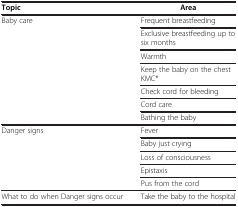
<table><thead><tr><td><b>Topic</b></td><td><b>Area</b></td></tr></thead><tbody><tr><td rowspan="7">Baby care</td><td>Frequent breastfeeding</td></tr><tr><td>Exclusive breastfeeding up to six months</td></tr><tr><td>Warmth</td></tr><tr><td>Keep the baby on the chest KMC*</td></tr><tr><td>Check cord for bleeding</td></tr><tr><td>Cord care</td></tr><tr><td>Bathing the baby</td></tr><tr><td rowspan="5">Danger signs</td><td>Fever</td></tr><tr><td>Baby just crying</td></tr><tr><td>Loss of consciousness</td></tr><tr><td>Epistaxis</td></tr><tr><td>Pus from the cord</td></tr><tr><td>What to do when Danger signs occur</td><td>Take the baby to the hospital</td></tr></tbody></table>